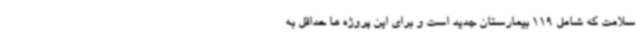
سلامت که شامل 119 بیمارستان جدید است و برای این پروژه ها حداقل به